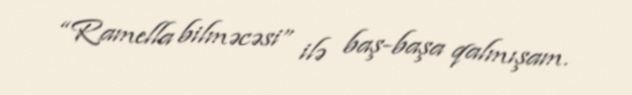
“Ramella bilməcəsi” ilə baş-başa qalmışam.